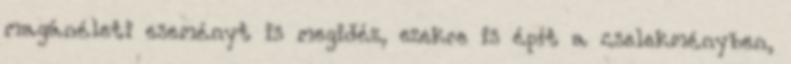
magánéleti eseményt is megidéz, ezekre is épít a cselekményben,